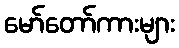
မော်တော်ကားများ